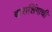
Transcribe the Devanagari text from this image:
बाराशिंगाची